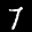
Label: 7